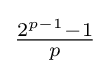
{\tfrac {2^{p-1}-1}{p}}